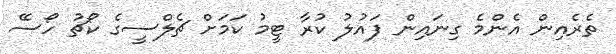
ތެރެއިން އެންމެ ގިނައިން ފައުލު ކުރާ ޓީމު ކަމަށް ޗެލްސީގެ ކޯޗު ހޯސޭ